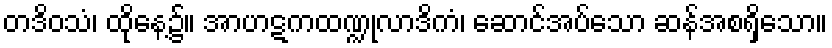
တဒိဝသံ၊ ထိုနေ့၌။ အာဟဋကထဏ္ဍုလာဒိကံ၊ ဆောင်အပ်သော ဆန်အစရှိသော။